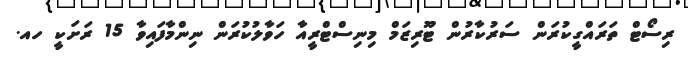
ރިސޯޓް ތަރައްގީކުރަން ސަރުކާރުން ޓޫރިޒަމް މިނިސްޓްރީއާ ހަވާލުކުރަން ނިންމާފައިވާ 15 ރަށަކީ ހއ.